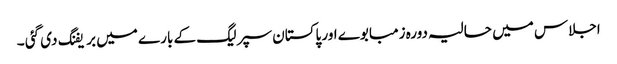
اجلاس میں حالیہ دورہ زمبابوے اور پاکستان سپر لیگ کے بارے میں بریفنگ دی گئی ۔